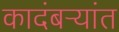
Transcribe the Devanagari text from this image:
कादंबऱ्यांत